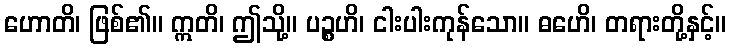
ဟောတိ၊ ဖြစ်၏။ ဣတိ၊ ဤသို့။ ပဉ္စဟိ၊ ငါးပါးကုန်သော။ ဓဟေိ၊ တရားတို့နှင့်။